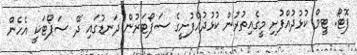
ފޮޓޯ: ޓީމް ކުޅުދުއްފުށި މީގެއިތުރުން ކުޅުދުއްފުށީގެ ސަޕޯޓަރުން ދަނޑުގައި ދޭ ސަޕޯޓަކީ އެހެން